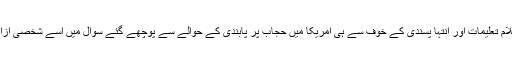
امریکی صدر نے بھی اسلام تعلیمات اور انتہا پسندی کے خوف سے ہی امریکا میں حجاب پر پابندی کے حوالے سے پوچھے گئے سوال میں اسے شخصی آزادی کے خلاف گردانا تھا۔